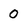
Character: 0